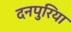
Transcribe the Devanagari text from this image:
दनपुरिया